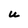
Character: U